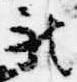
被